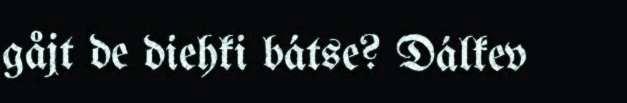
gåjt de diehki bátse? Dálkev